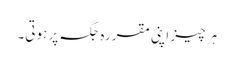
ہر چیز اپنی مقررہ جگہ پر ہوتی۔